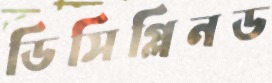
ডিসিপ্লিনড